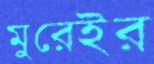
মুরেইর